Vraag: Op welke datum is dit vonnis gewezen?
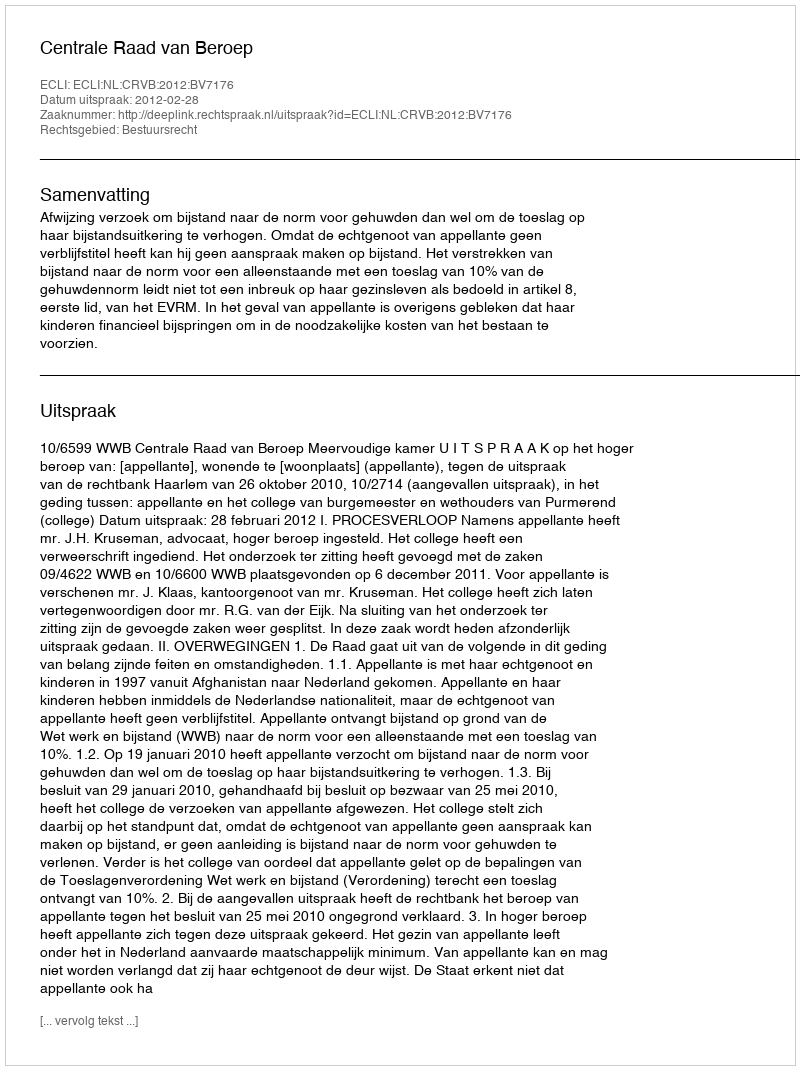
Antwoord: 2012-02-28